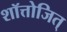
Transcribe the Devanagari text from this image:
शॉत्तोजित्